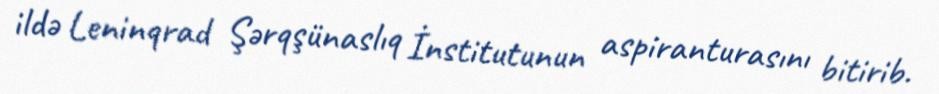
ildə Leninqrad Şərqşünaslıq İnstitutunun aspiranturasını bitirib.